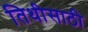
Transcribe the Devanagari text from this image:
तिथीसाठी